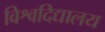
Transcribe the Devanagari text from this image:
विश्वदिद्यालय